Report on the working of the mental hospitals for Indians in Bihar and Orissa - 1925-1929
Year: 1925
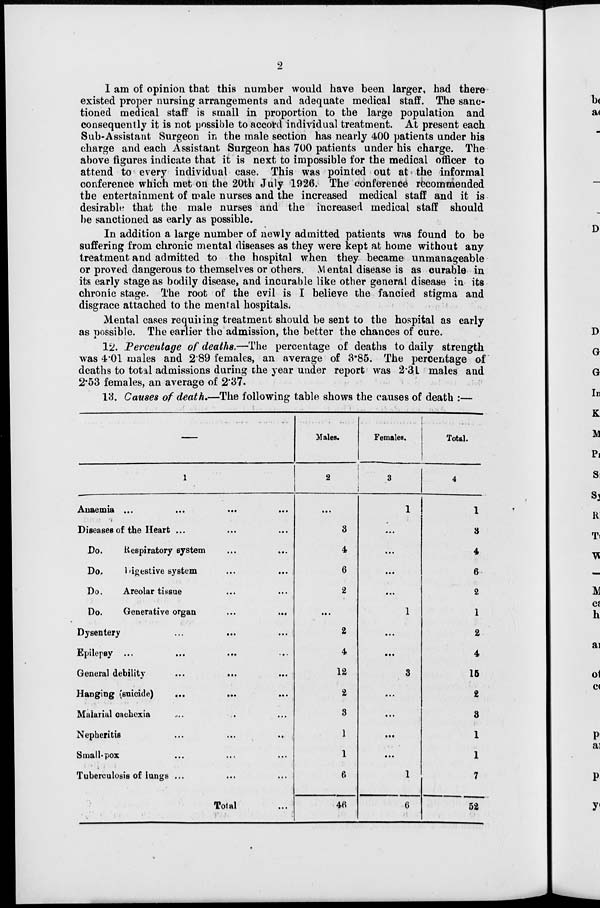
2
I am of opinion that this number would have been larger, had there
existed proper nursing arrangements and adequate medical staff. The sanc-
tioned medical staff is small in proportion to the large population and
consequently it is not possible to accord individual treatment. At present each
Sub-Assistant Surgeon in the male section has nearly 400 patients under his
charge and each Assistant Surgeon has 700 patients under his charge. The
above figures indicate that it is next to impossible for the medical officer to
attend to every individual case. This was pointed out at the informal
conference which met on the 20th July 1926. The conference recommended
the entertainment of male nurses and the increased medical staff and it is
desirable that the male nurses and the increased medical staff should
be sanctioned as early as possible.
In addition a large number of newly admitted patients was found to be
suffering from chronic mental diseases as they were kept at home without any
treatment and admitted to the hospital when they became unmanageable
or proved dangerous to themselves or others. Mental disease is as curable in
its early stage as bodily disease, and incurable like other general disease in its
chronic stage. The root of the evil is I believe the fancied stigma and
disgrace attached to the mental hospitals.
Mental cases requiring treatment should be sent to the hospital as early
as possible. The earlier the admission, the better the chances of cure.
12. Percentage of deaths.—The percentage of deaths to daily strength
was 4.01 males and 2.89 females, an average of 3.85. The percentage of
deaths to total admissions during the year under report was 2.31 males and
2.53 females, an average of 2.37.
13. Causes of death.—The following table shows the causes of death :—
—
1
Anaemia
...
...
...
...
Diseases of the Heart ... ... ...
Do.
Respiratory system ... ...
Do.
Digestive system
...
...
Do.
Areolar tissue ... ...
Do.
Generative organ ... ...
Dysentery ... ...
Epilepsy ...
...
...
General debility ... ...
Hanging (suicide)
...
...
...
Malarial cachexia ... ... ...
Nepheritis
...
...
...
Small-pox ... .... ...
Tuberculosis of lungs ... ... ...
Total ...
Males.
2
...
3
4
6
2
...
2
4
12
2
3
1
1
6
46
Females.
3
1
...
...
...
...
1
...
...
3
...
...
...
...
1
6
Total.
4
1
3
4
6
2
1
2
4
15
2
3
1
1
7
52